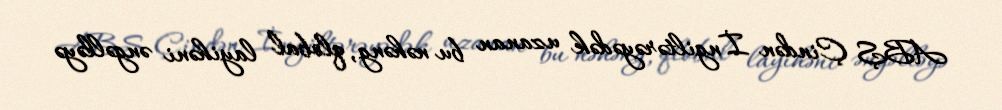
ABŞ Çindən İngiltərəyədək uzanan bu nəhəng, qlobal layihəni əngəlləyə